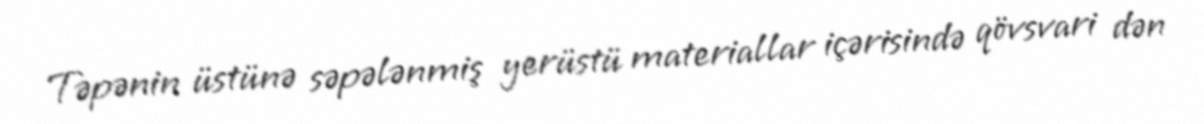
Təpənin üstünə səpələnmiş yerüstü materiallar içərisində qövsvari dən